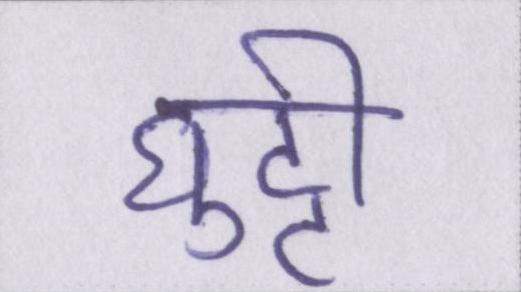
घुट्टी